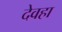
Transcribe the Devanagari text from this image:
देवहा